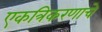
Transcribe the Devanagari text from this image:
एकत्रिकरणाचे